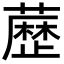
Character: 𮒃